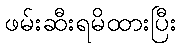
ဖမ်းဆီးရမိထားပြီး